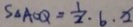
S _ { \Delta A O Q } = \frac { 1 } { 2 } \cdot b \cdot x